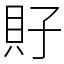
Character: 𧴯